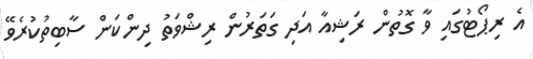
އެ ރިޕޯޓުގައި ވާ ގޮތުން ރަޝިއާ އަދި ގަތަރުން ރިޝްވަތު ދިންކަން ސާބިތުކުރެވޭ